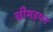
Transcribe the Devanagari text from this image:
चीमड़पन